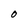
Character: O